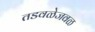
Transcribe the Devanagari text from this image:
तडवळेजवळ